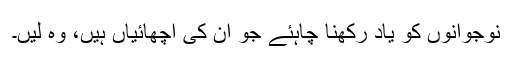
نوجوانوں کو یاد رکھنا چاہئے جو ان کی اچھائیاں ہیں، وہ لیں۔